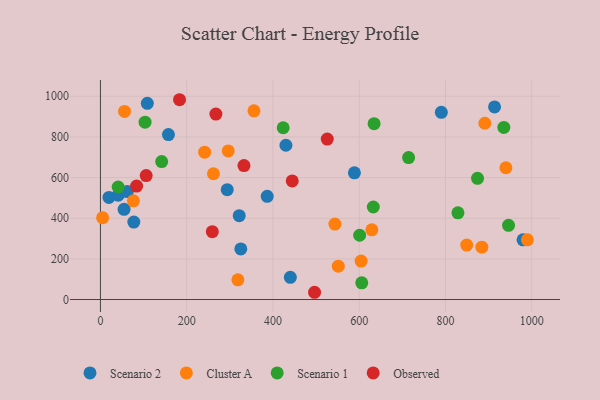
{"axis": {"x": "Ad Spend", "y": "Rating"}, "legend": ["Cluster A", "Observed", "Scenario 1", "Scenario 2"], "data": [{"x": "588.9", "y": 623.3, "type": "Scenario 2"}, {"x": "440.3", "y": 109.2, "type": "Scenario 2"}, {"x": "19.8", "y": 502.2, "type": "Scenario 2"}, {"x": "41.2", "y": 513.5, "type": "Scenario 2"}, {"x": "157.7", "y": 811.5, "type": "Scenario 2"}, {"x": "790.4", "y": 921.0, "type": "Scenario 2"}, {"x": "979.8", "y": 293.6, "type": "Scenario 2"}, {"x": "77.4", "y": 380.9, "type": "Scenario 2"}, {"x": "430.1", "y": 758.8, "type": "Scenario 2"}, {"x": "321.8", "y": 412.7, "type": "Scenario 2"}, {"x": "294.0", "y": 540.3, "type": "Scenario 2"}, {"x": "325.5", "y": 249.0, "type": "Scenario 2"}, {"x": "108.7", "y": 965.2, "type": "Scenario 2"}, {"x": "386.7", "y": 507.6, "type": "Scenario 2"}, {"x": "913.8", "y": 947.4, "type": "Scenario 2"}, {"x": "62.4", "y": 531.0, "type": "Scenario 2"}, {"x": "54.8", "y": 443.8, "type": "Scenario 2"}, {"x": "551.4", "y": 164.2, "type": "Cluster A"}, {"x": "76.6", "y": 485.7, "type": "Cluster A"}, {"x": "891.3", "y": 867.2, "type": "Cluster A"}, {"x": "940.1", "y": 648.1, "type": "Cluster A"}, {"x": "296.3", "y": 731.0, "type": "Cluster A"}, {"x": "884.4", "y": 257.7, "type": "Cluster A"}, {"x": "318.7", "y": 97.1, "type": "Cluster A"}, {"x": "989.9", "y": 293.9, "type": "Cluster A"}, {"x": "356.0", "y": 928.2, "type": "Cluster A"}, {"x": "543.7", "y": 371.4, "type": "Cluster A"}, {"x": "55.9", "y": 925.4, "type": "Cluster A"}, {"x": "262.0", "y": 618.7, "type": "Cluster A"}, {"x": "849.2", "y": 267.7, "type": "Cluster A"}, {"x": "5.1", "y": 402.5, "type": "Cluster A"}, {"x": "604.4", "y": 189.4, "type": "Cluster A"}, {"x": "241.6", "y": 724.6, "type": "Cluster A"}, {"x": "629.3", "y": 342.9, "type": "Cluster A"}, {"x": "103.5", "y": 872.5, "type": "Scenario 1"}, {"x": "632.7", "y": 455.2, "type": "Scenario 1"}, {"x": "946.2", "y": 365.1, "type": "Scenario 1"}, {"x": "828.9", "y": 426.5, "type": "Scenario 1"}, {"x": "714.5", "y": 698.3, "type": "Scenario 1"}, {"x": "935.3", "y": 846.4, "type": "Scenario 1"}, {"x": "874.3", "y": 596.1, "type": "Scenario 1"}, {"x": "423.7", "y": 845.0, "type": "Scenario 1"}, {"x": "601.0", "y": 316.3, "type": "Scenario 1"}, {"x": "142.0", "y": 678.7, "type": "Scenario 1"}, {"x": "634.5", "y": 865.0, "type": "Scenario 1"}, {"x": "605.9", "y": 82.3, "type": "Scenario 1"}, {"x": "41.1", "y": 553.5, "type": "Scenario 1"}, {"x": "525.9", "y": 789.4, "type": "Observed"}, {"x": "259.4", "y": 333.6, "type": "Observed"}, {"x": "106.1", "y": 609.7, "type": "Observed"}, {"x": "496.5", "y": 35.7, "type": "Observed"}, {"x": "332.8", "y": 659.0, "type": "Observed"}, {"x": "444.7", "y": 583.3, "type": "Observed"}, {"x": "83.9", "y": 558.2, "type": "Observed"}, {"x": "183.4", "y": 982.8, "type": "Observed"}, {"x": "267.7", "y": 912.1, "type": "Observed"}]}